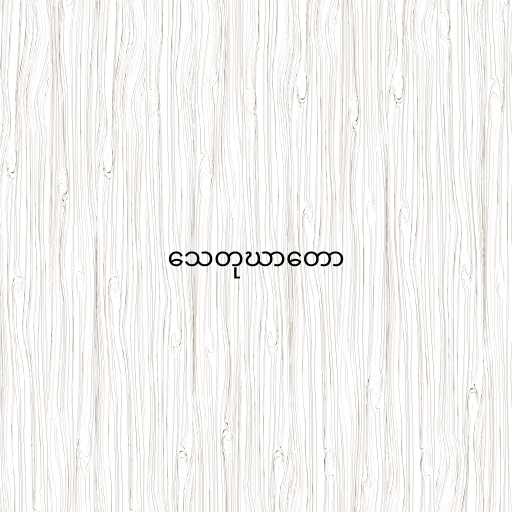
သေတုဃာတော